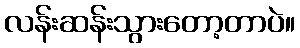
လန်းဆန်းသွားတော့တာပဲ။